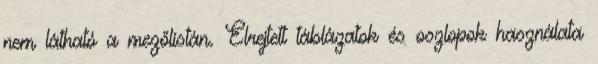
nem látható a mezőlistán. Elrejtett táblázatok és oszlopok használata